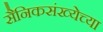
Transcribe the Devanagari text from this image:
सैनिकसंख्येच्या